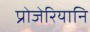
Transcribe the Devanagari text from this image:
प्रोजेरियानि